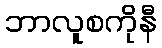
ဘာလူစကိုနီ